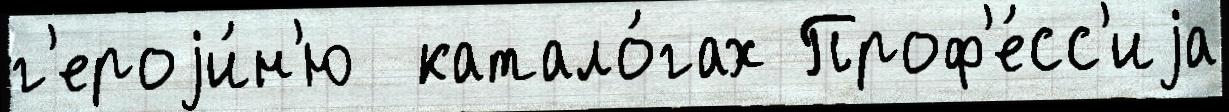
г'ероjи́н'ю  катало́гах Проф'е́сс'иjа